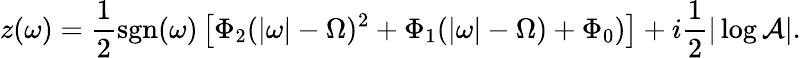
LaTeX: z(\omega)=\frac{1}{2}\operatorname{sgn}(\omega)\left[\Phi_{2}(|\omega|-\Omega)^{2}+\Phi_{1}(|\omega|-\Omega)+\Phi_{0})\right]+i\frac{1}{2}|\log\mathcal{A}|.